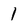
Character: 1